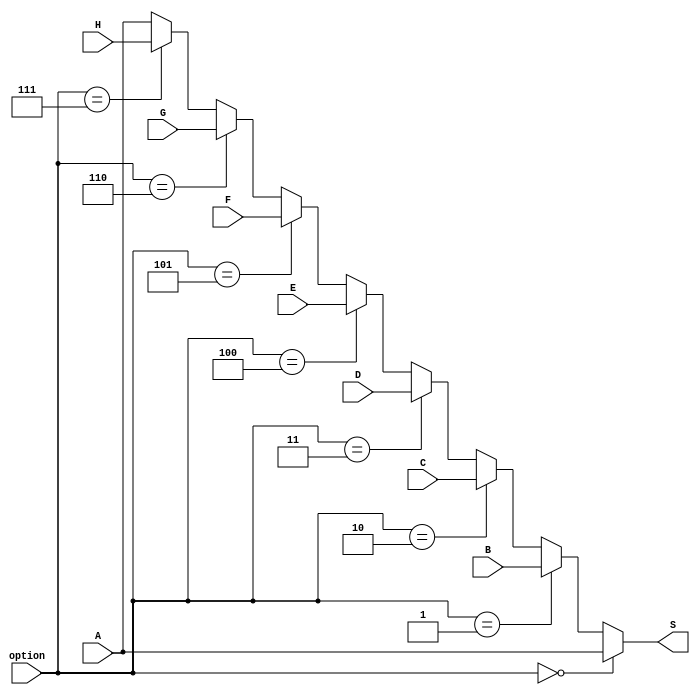
// This program was cloned from: https://github.com/JN513/Risco-5
// License: CERN Open Hardware Licence Version 2 - Permissive

module MUX (
    input wire [2:0] option,
    input wire [31:0] A,
    input wire [31:0] B,
    input wire [31:0] C,
    input wire [31:0] D,
    input wire [31:0] E,
    input wire [31:0] F,
    input wire [31:0] G,
    input wire [31:0] H,
    output wire [31:0] S
);

assign S = (option == 3'b000) ? A :
           (option == 3'b001) ? B :
           (option == 3'b010) ? C :
           (option == 3'b011) ? D :
           (option == 3'b100) ? E :
           (option == 3'b101) ? F :
           (option == 3'b110) ? G :
           (option == 3'b111) ? H :
           A;  // Default case

endmodule